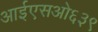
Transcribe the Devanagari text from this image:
आईएसओ६३९